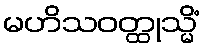
မဟိသဝတ္ထုသ္မိံ